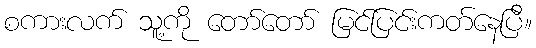
စကားလက် သူ့ကို တော်တော် မြင်ပြင်းကတ်နေပြီ။